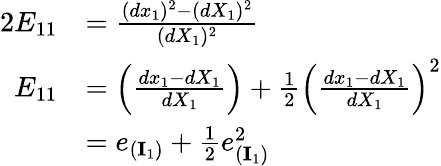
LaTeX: {\begin{array}{rl}{2E_{11}}&{={\frac{(dx_{1})^{2}-(dX_{1})^{2}}{(dX_{1})^{2}}}}\\ {E_{11}}&{=\left({\frac{dx_{1}-dX_{1}}{dX_{1}}}\right)+{\frac{1}{2}}\left({\frac{dx_{1}-dX_{1}}{dX_{1}}}\right)^{2}}\\ &{=e_{(\mathbf{I}_{1})}+{\frac{1}{2}}e_{(\mathbf{I}_{1})}^{2}}\end{array}}